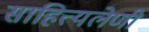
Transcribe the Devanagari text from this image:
साहित्यलेणी